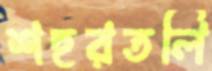
শহরতলি